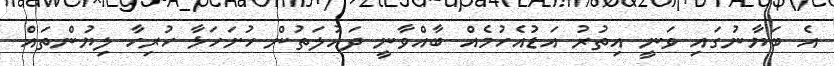
އެ ބަޔާނުގައި ވަނީ އިތުރު އަޑުއެހުމެއް ބާއްވާނީ ދައުލަތުން ހުށަހަޅާ ހުރިހާ ލިޔުންތައް